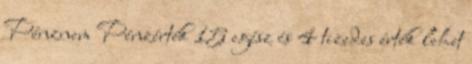
Pénznem Pénzérték 15 egész és 4 tizedes érték lehet